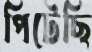
পিটেছি